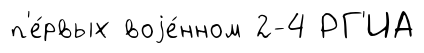
п'е́рвых воjе́нном 2-4 РГ'ИА